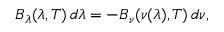
B _ { \lambda } ( \lambda , T ) \, d \lambda = - B _ { \nu } ( \nu ( \lambda ) , T ) \, d \nu ,